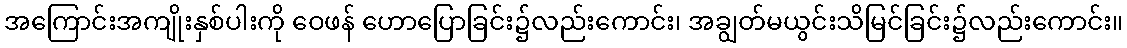
အကြောင်းအကျိုးနှစ်ပါးကို ဝေဖန် ဟောပြောခြင်း၌လည်းကောင်း၊ အချွတ်မယွင်းသိမြင်ခြင်း၌လည်းကောင်း။